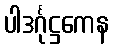
ပါဒင်္ဂုဋ္ဌကေန